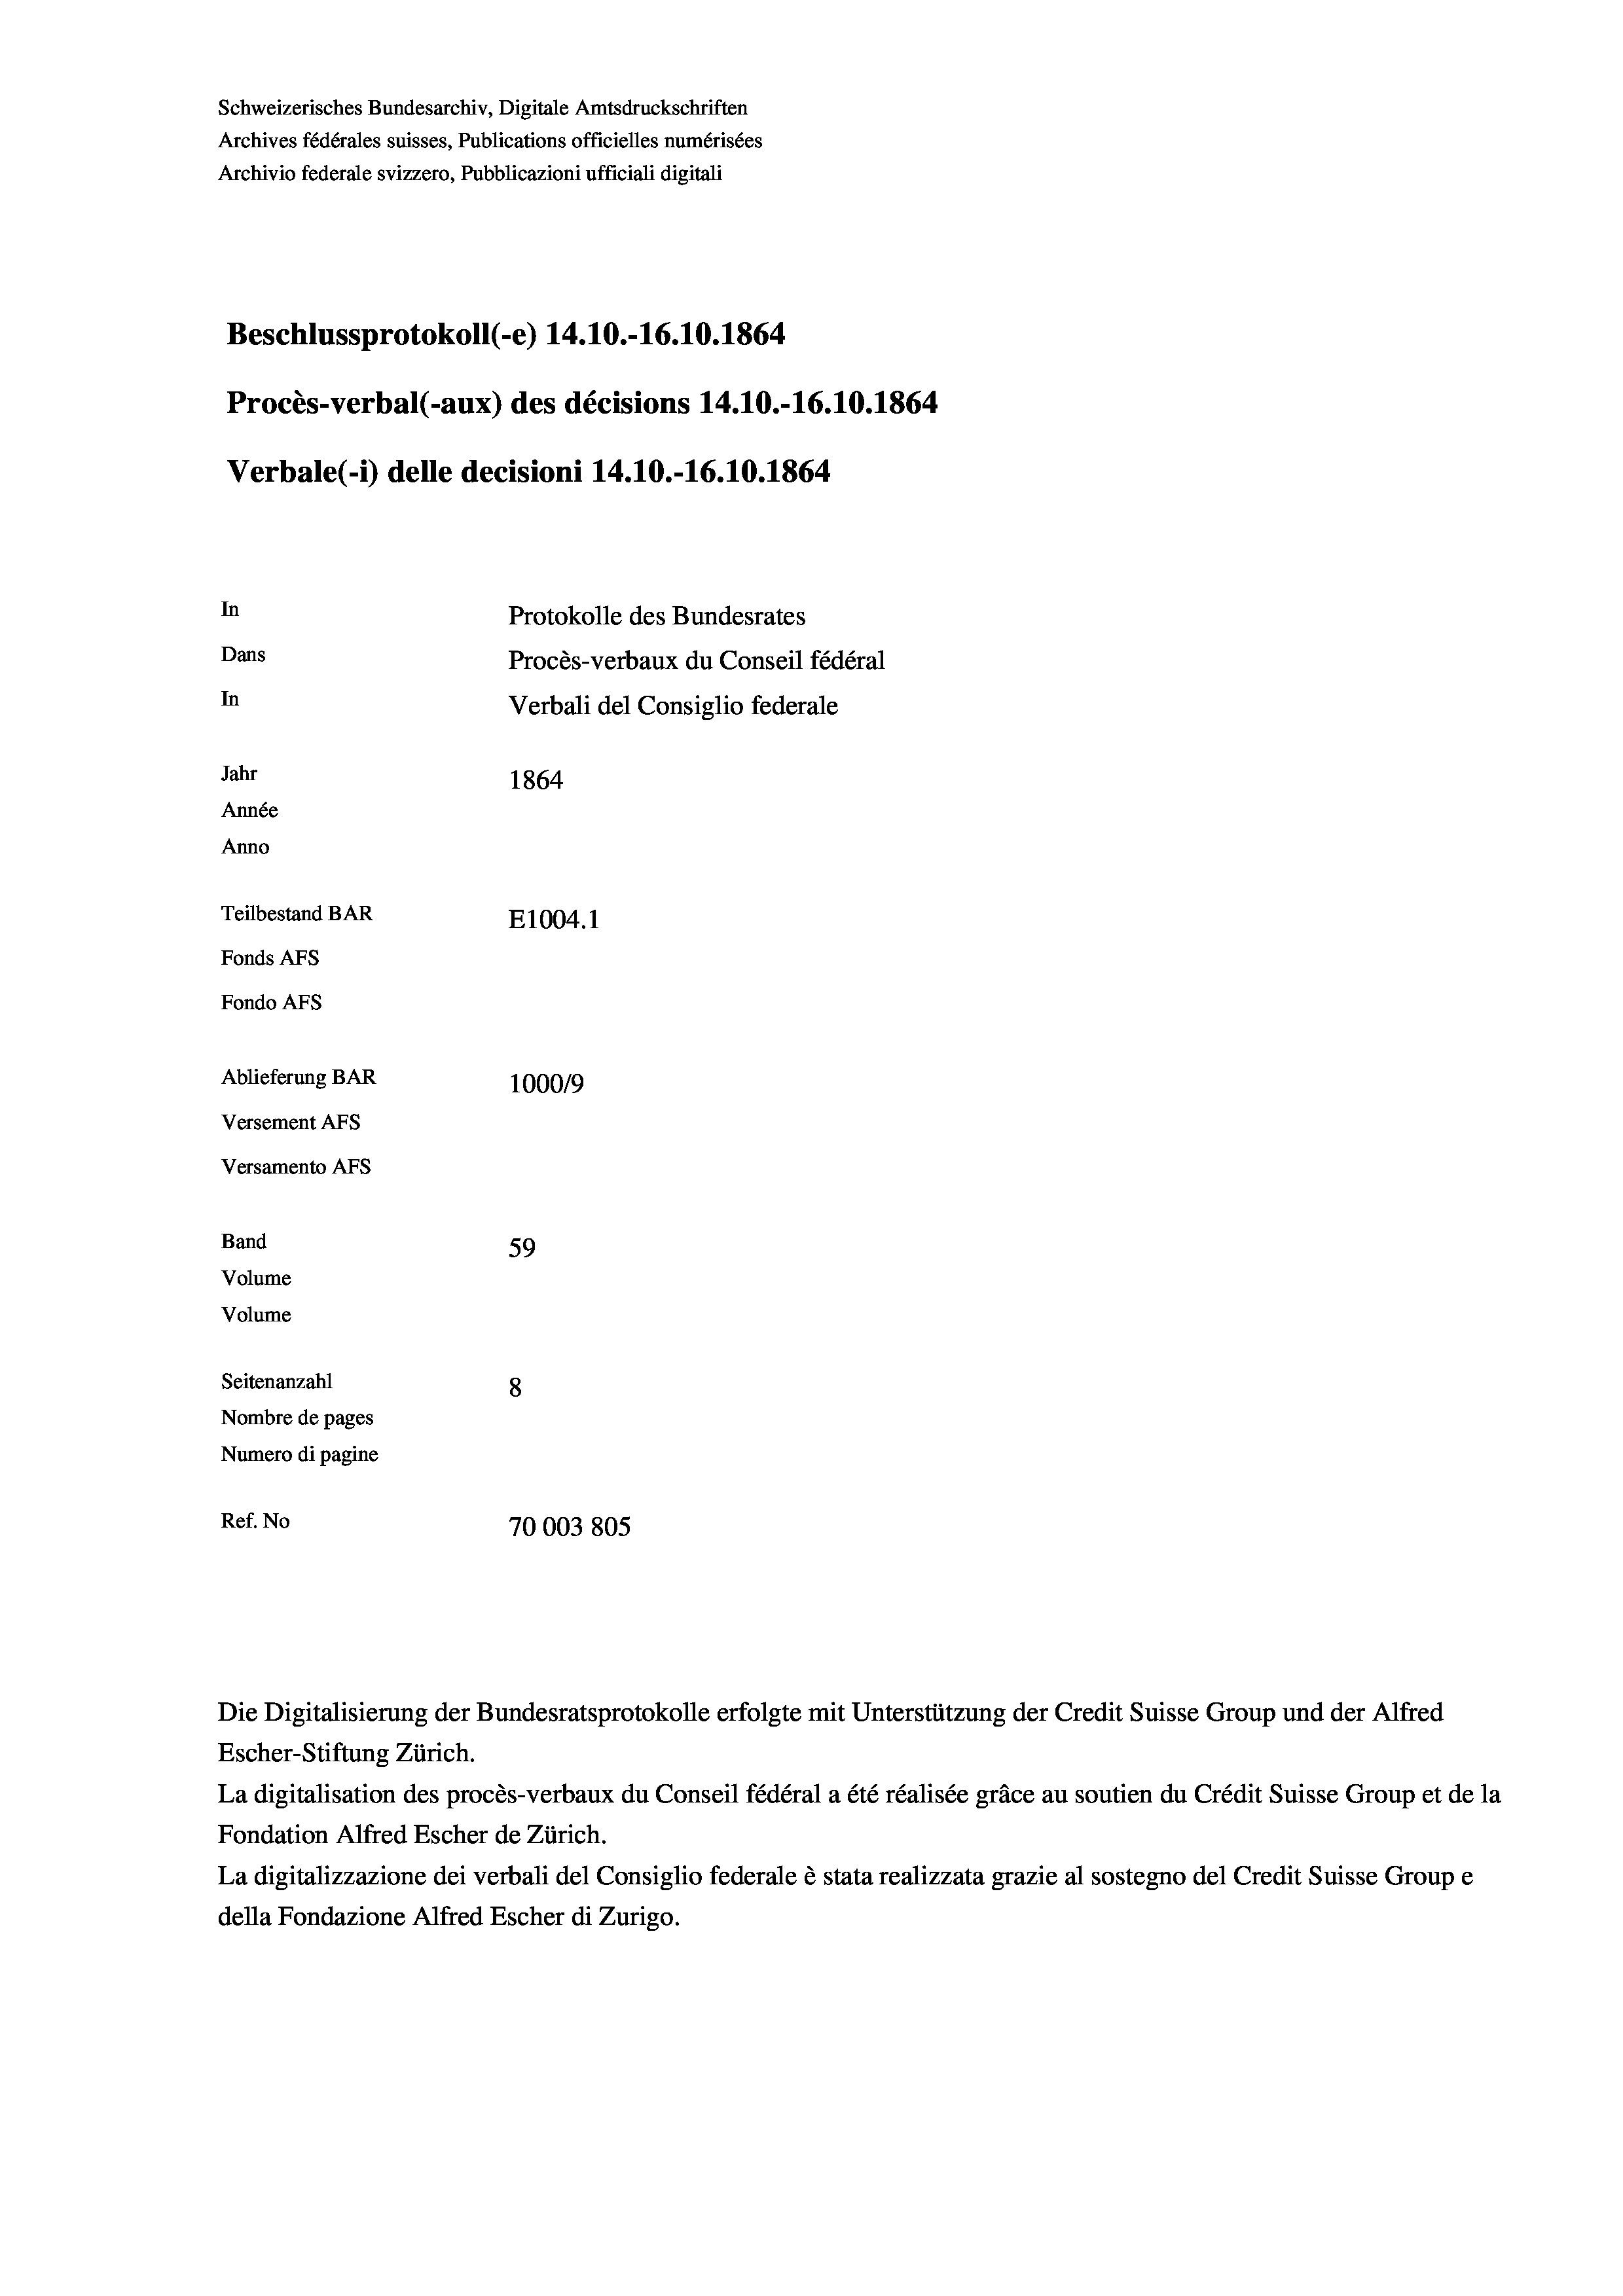
Beschlussprotokoll (-e) 14.10.-16.10. 1864
In
Protokolle des Bundesrates
Dans
Procès-verbaux du Conseil fédéral
In
Verbali del Consiglio federale
Jahr
1864
Année
Anno
Teilbestand BAR
E1004.1
Fonds AFs
Fondo AFs

Ablieferung BAR
Versement As
Versamento Afs
Band
59
Volume
Volume
Seitenanzahl
8
Nombre de pages
Numero di pagine

Schweizerisches Bundesarchiv, Digitale Amtsdruckschriften
Archives fédérales suisses, Publications officielles numérisées
Archivio federale svizzero, Pubblicazioni ufficiali digitali

Procès-verbal (-aux) des décisions 14.10.-16.10.1864
Verbale (i) delle decisioni 14.10.-16.10.1864

100019
Ref. No
70003805

Escher-Stiftung Zürich.
La digitalisation des procès-verbaux du Conseil fédéral a été réalisée gräce au soutien du Crédit Suisse Group et de la
Fondation Alfred Escher de Zürich.
La digitalizzazione dei verbali del Consiglio federale è stata realizzata grazie al sostegno del Credit Suisse Groupe
della Fondazione Alfred Escher di Zurigo.

Die Digitalisierung der Bundesratsprotokolle erfolgte mit Unterstützung der Credit Suisse Group und der Alfred